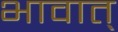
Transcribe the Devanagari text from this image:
भावात्